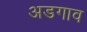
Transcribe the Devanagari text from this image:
अडगाव